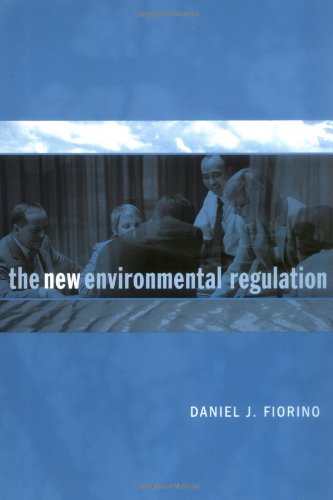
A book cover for The New Environmental Regulation; Daniel J. Fiorino; Law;